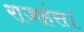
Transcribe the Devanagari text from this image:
राजहंस।